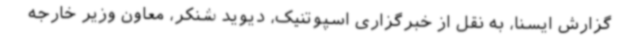
گزارش ایسنا، به نقل از خبرگزاری اسپوتنیک، دیوید شنکر، معاون وزیر خارجه